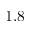
1 . 8